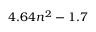
4 . 6 4 n ^ { 2 } - 1 . 7